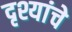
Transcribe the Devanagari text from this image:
दृश्यांचे